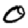
Digit: 0